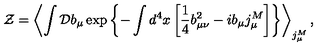
{ \cal Z } = \left< \int { \cal D } b _ { \mu } \exp \left\{ - \int d ^ { 4 } x \left[ \frac 1 4 b _ { \mu \nu } ^ { 2 } - i b _ { \mu } j _ { \mu } ^ { M } \right] \right\} \right> _ { j _ { \mu } ^ { M } } ,